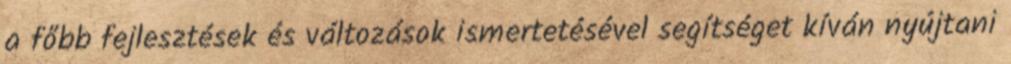
a főbb fejlesztések és változások ismertetésével segítséget kíván nyújtani